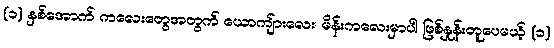
(၁) နှစ်အောက် ကလေးတွေအတွက် ယောကျ်ားလေး၊ မိန်းကလေးမှာပါ ဖြစ်နှုန်းတူပေမယ့် (၁)